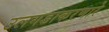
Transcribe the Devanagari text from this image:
उलगडाकरणारे